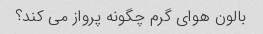
بالون هوای گرم چگونه پرواز می کند؟